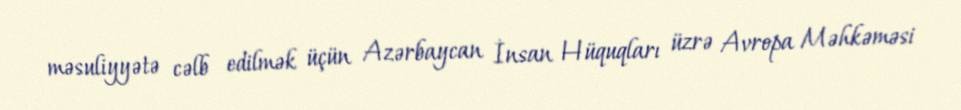
məsuliyyətə cəlb edilmək üçün Azərbaycan İnsan Hüquqları üzrə Avropa Məhkəməsi